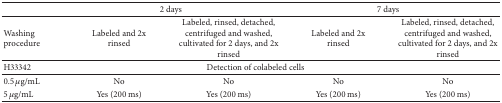
|  | <COLSPAN=2> 2 days | <COLSPAN=2> 7 days |
 | --- | --- | --- | --- | --- |
 | Washing procedure | Labeled and 2x rinsed | Labeled, rinsed, detached, centrifuged and washed, cultivated for 2 days, and 2x rinsed | Labeled and 2x rinsed | Labeled, rinsed, detached, centrifuged and washed, cultivated for 2 days, and 2x rinsed |
 | H33342 | <COLSPAN=4> Detection of colabeled cells |
 | 0.5 μg/mL | No | No | No | No |
 | 5 μg/mL | Yes (200 ms) | Yes (200 ms) | Yes (200 ms) | Yes (200 ms) |